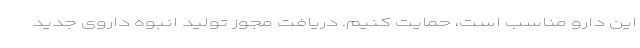
این دارو مناسب است، حمایت کنیم. دریافت مجوز تولید انبوه داروی جدید